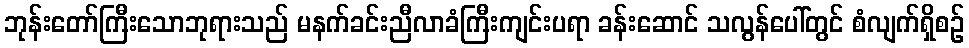
ဘုန်းတော်ကြီးသောဘုရားသည် မနက်ခင်းညီလာခံကြီးကျင်းပရာ ခန်းဆောင် သလွန်ပေါ်တွင် စံလျက်ရှိစဉ်